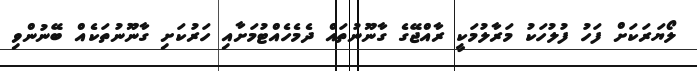
ލޯޔަރަކަށް ފަހު ފުލުހަކު މަރާލުމަކީ ރާއްޖޭގެ ގާނޫނުތައް ދެމެހެއްޓުމަށާއި ހަރުކަށި ގާނޫނުތަކެއް ބޭނުންވި